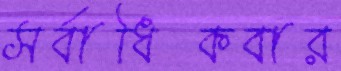
সর্বাধিকবার